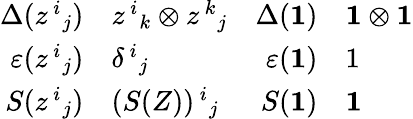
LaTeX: \begin{array}{rlrl}{{\Delta(z^{\, i}{}_{j})}}&{{z^{\, i}{}_{k}\otimes z^{\, k}{}_{j}}}&{{\Delta({\mathbf 1})}}&{{{\mathbf 1}\otimes{\mathbf 1}}}\\ {{\varepsilon(z^{\, i}{}_{j})}}&{{\delta^{\, i}{}_{j}}}&{{\varepsilon({\mathbf 1})}}&{{1}}\\ {{S(z^{\, i}{}_{j})}}&{{(S(Z))^{\, i}{}_{j}}}&{{S({\mathbf 1})}}&{{{\mathbf 1}}}\end{array}